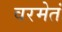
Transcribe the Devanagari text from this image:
वरमेतं